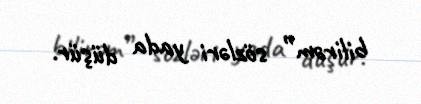
bilirəm” sözləri yada düşür.